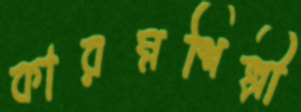
কারম্নশিল্পী